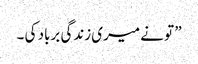
” تو نے میری زندگی برباد کی ۔